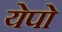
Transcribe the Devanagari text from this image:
येपो